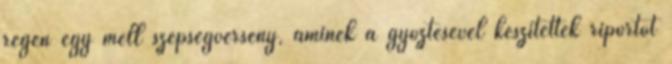
régen egy mell szépségverseny, aminek a győztesével készítettek riportot